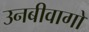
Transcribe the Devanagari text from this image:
उनबीवागो